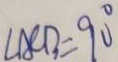
\angle A C B = 9 0 ^ { \circ }